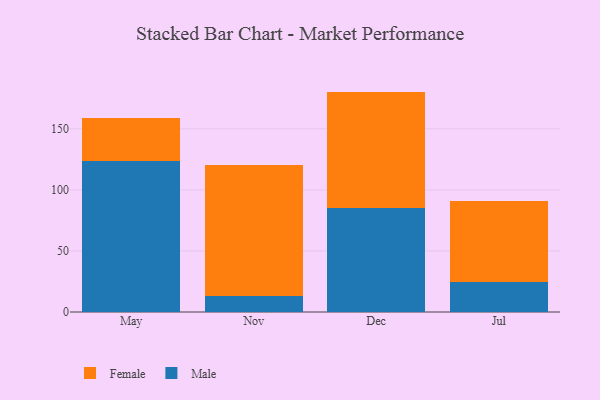
{"axis": {"x": "Month", "y": "Customer Acquisition Cost (USD)"}, "legend": ["Female", "Male"], "data": [{"x": "May", "y": 123.5, "type": "Male"}, {"x": "May", "y": 35.1, "type": "Female"}, {"x": "Nov", "y": 13.5, "type": "Male"}, {"x": "Nov", "y": 106.5, "type": "Female"}, {"x": "Dec", "y": 85.1, "type": "Male"}, {"x": "Dec", "y": 95.4, "type": "Female"}, {"x": "Jul", "y": 24.6, "type": "Male"}, {"x": "Jul", "y": 66.7, "type": "Female"}]}